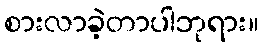
စားလာခဲ့တာပါဘုရား။